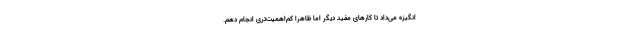
انگیزه می‌داد تا کارهای مفید دیگر اما ظاهراً کم‌اهمیت‌تری انجام دهم.